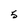
Character: 5